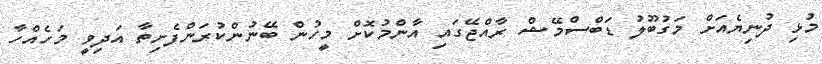
މުޅި ދުނިޔެއަށް މަގުބޫލު ޑަބްސްމޭޝް ރާއްޖޭގައި އާންމުކޮށް މީހުން ބޭނުންކުރަންފެށިތާ އަދިވީ މަހެއްހާ